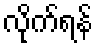
လိုက်ရန်